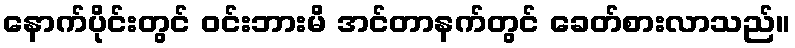
နောက်ပိုင်းတွင် ဝင်းဘားမိ အင်တာနက်တွင် ခေတ်စားလာသည်။